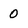
Character: 0